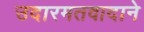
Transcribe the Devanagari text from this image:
उदारमतवादाने